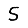
Digit: 5